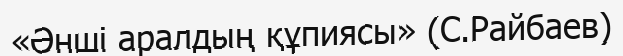
«Әнші аралдың құпиясы» (С.Райбаев)